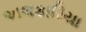
અલકારિયા